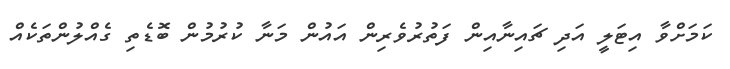
ކަމަށްވާ އިޓަލީ އަދި ޗައިނާއިން ފަތުރުވެރިން އައުން މަނާ ކުރުމުން ބޮޑެތި ގެއްލުންތަކެއް